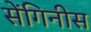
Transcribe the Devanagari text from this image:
सेंगिनीस